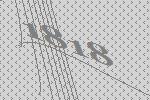
1818